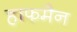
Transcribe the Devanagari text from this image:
हाफमैन